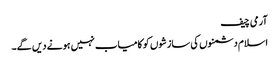
آرمی چیف
اسلام دشمنوں کی سازشوں کو کامیاب نہیں ہونے دیں گے۔